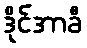
ဒိုင်အာခီ